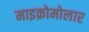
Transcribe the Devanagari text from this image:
माइक्रोमोलार